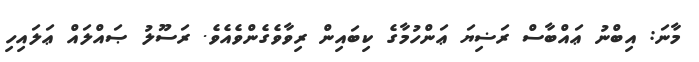
މާނަ: އިބްނު ޢައްބާސް ރަޟިޔަ ޢަންހުމާގެ ކިބައިން ރިވާވެގެންވެއެވެ. ރަސޫލު ޞައްލައް ޢަލައިހި